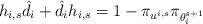
LaTeX: \begin{align*}h_{i,s} \hat{d}_i + \hat{d}_i h_{i,s} = 1-\pi_{u^{i,s}} \pi_{\theta_i^{s+1}}\end{align*}